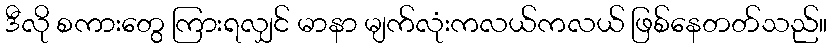
ဒီလို စကားတွေ ကြားရလျှင် မာနာ မျက်လုံးကလယ်ကလယ် ဖြစ်နေတတ်သည်။